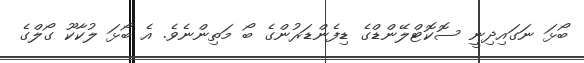
ބޯޅަ ނަގައިދިނީ ސޮކޮޓްލޭންޑްގެ ޑިފެންޑަރުންގެ ބޯ މަތިންނެވެ. އެ ބޯޅަ ލުކާކޫ ގޯލްގެ